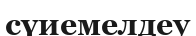
сүиемелдеу